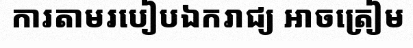
ការតាមរបៀបឯករាជ្យ អាចត្រៀម